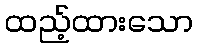
ထည့်ထားသော